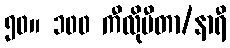
၅၀။ ၁၀၀ ကီလိုမီတာ/နာရီ